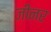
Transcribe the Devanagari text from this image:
जीनर